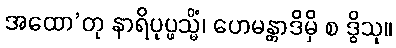
အထော’တု နာရိပုပ္ဖသ္မိံ၊ ဟေမန္တာဒိမှိ စ ဒွိသု။